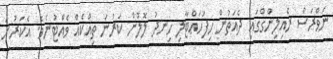
ނަވްރަސް ރެއިލިންގްގައި ދެއަތުން ހިފަހައްޓާލި ހިނދު ލޮލުން ކަރުނަ ތިއްކެއް ވެއްޓުނެވެ. އެކަރުނަ